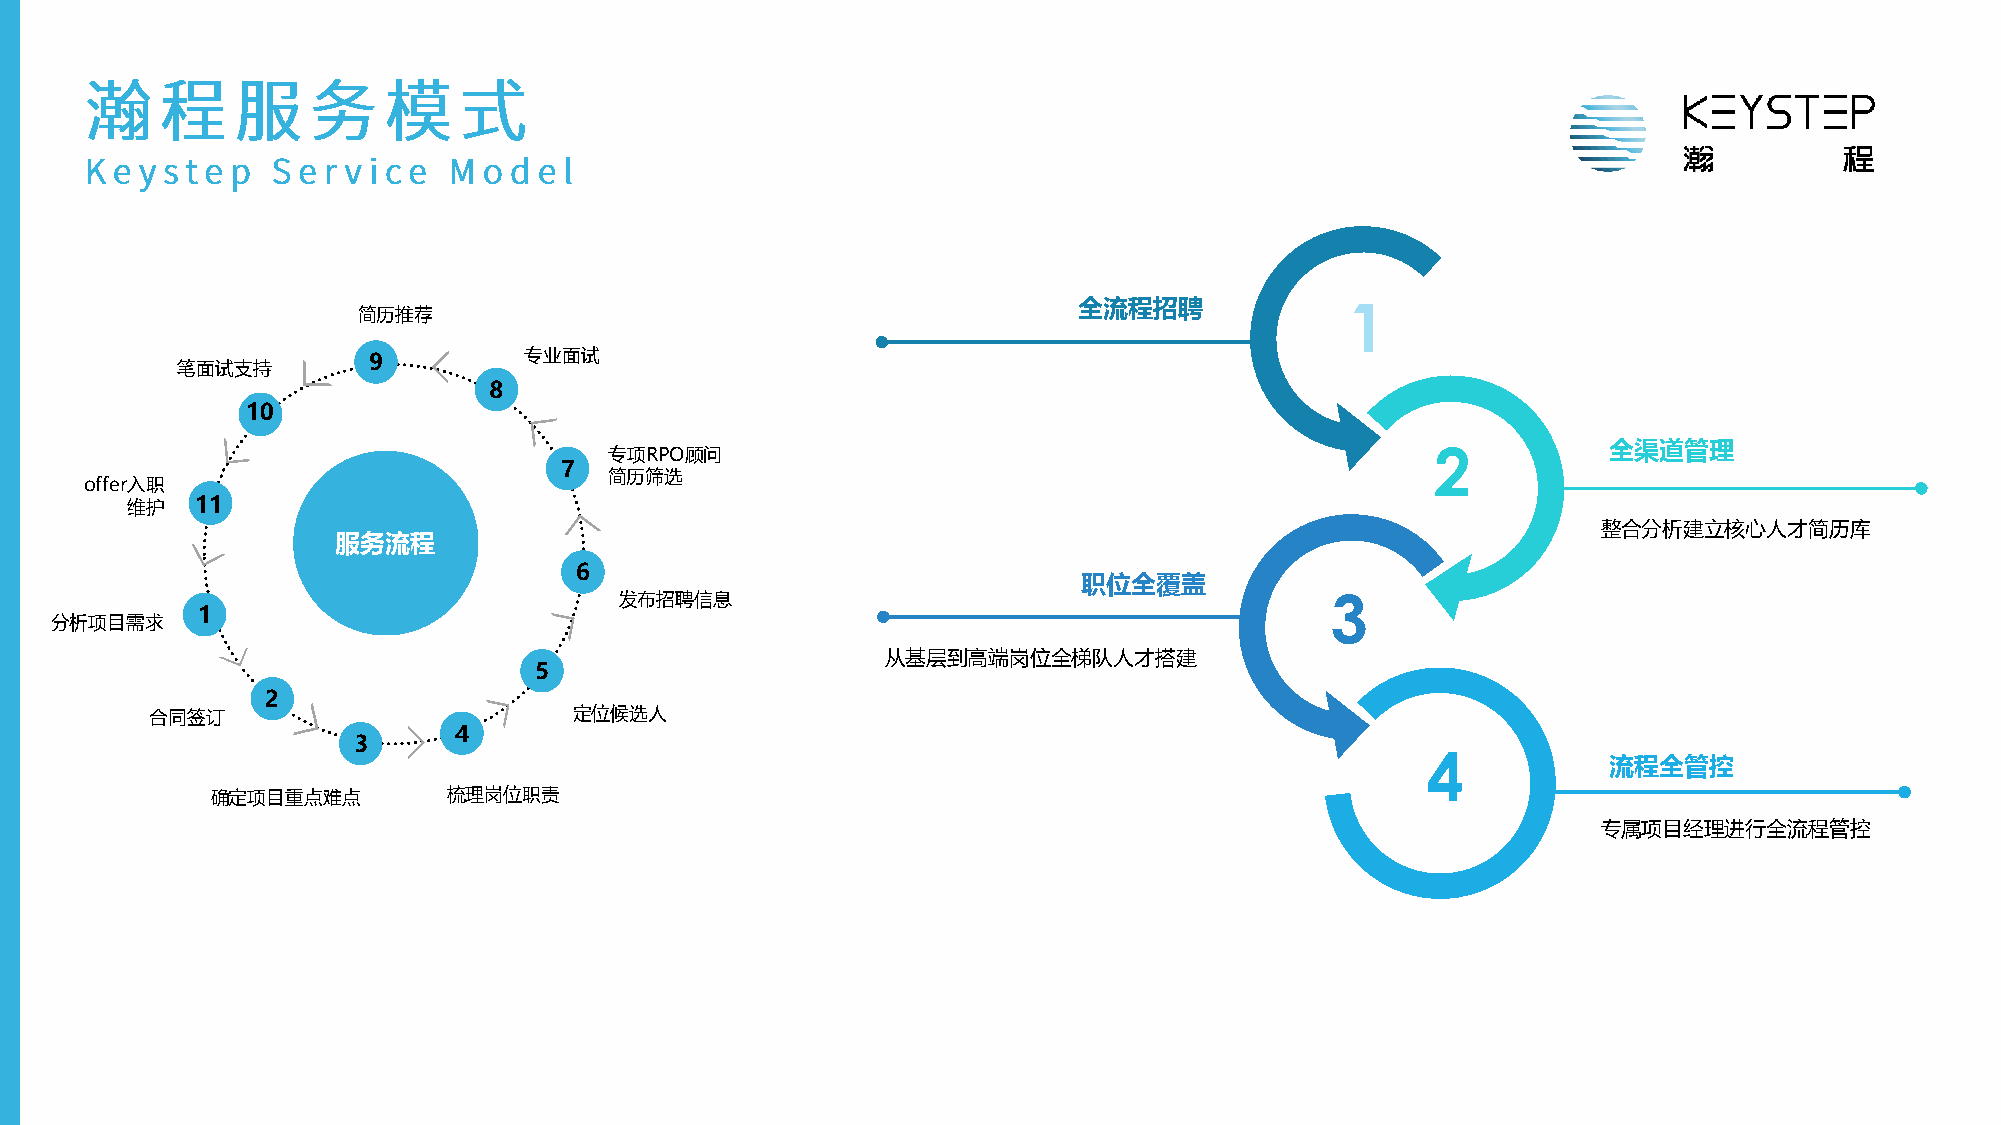
全流程招聘             1
 简历推荐
 9          专业面试
 笔面试支持
 8
 10
 专项RPO顾问                                                2          全渠道管理
 7
 简历筛选
 offer入职
 维护   11
 整合分析建立核心人才简历库
 服务流程
 6
 职位全覆盖
 发布招聘信息                                         3
 1
 分析项目需求
 从基层到高端岗位全梯队人才搭建
 5
 2
 合同签订                        定位候选人
 4
 3
 4
 流程全管控
 确定项目重点难点        梳理岗位职责
 专属项目经理进行全流程管控